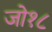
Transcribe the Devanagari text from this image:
जो१८